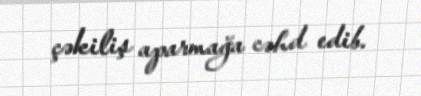
çəkiliş aparmağa cəhd edib.